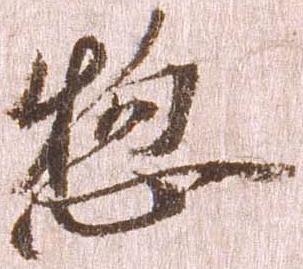
惣